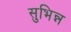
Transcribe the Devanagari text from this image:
सुभिन्न